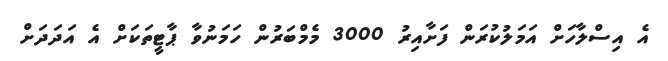
އެ އިސްލާހަށް އަމަލުކުރަން ފަށާއިރު 3000 މެމްބަރުން ހަމަނުވާ ޕާޓީތަކަށް އެ އަދަދަށް